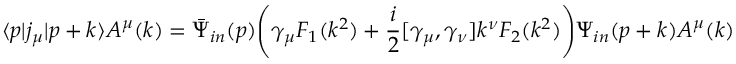
\langle p | j _ { \mu } | p + k \rangle A ^ { \mu } ( k ) = \bar { \Psi } _ { i n } ( p ) \Biggl ( \gamma _ { \mu } F _ { 1 } ( k ^ { 2 } ) + \frac { i } { 2 } [ \gamma _ { \mu } , \gamma _ { \nu } ] k ^ { \nu } F _ { 2 } ( k ^ { 2 } ) \Biggr ) \Psi _ { i n } ( p + k ) A ^ { \mu } ( k )